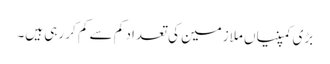
بڑی کمپنیاں ملازمین کی تعداد کم سے کم کر رہی ہیں۔